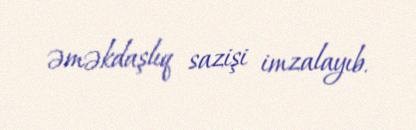
əməkdaşlıq sazişi imzalayıb.